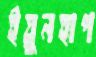
ইয়ুনহাপ